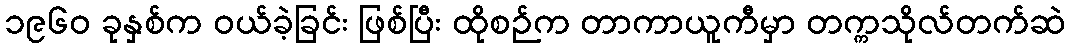
၁၉၆၀ ခုနှစ်က ဝယ်ခဲ့ခြင်း ဖြစ်ပြီး ထိုစဉ်က တာကာယူကီမှာ တက္ကသိုလ်တက်ဆဲ